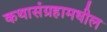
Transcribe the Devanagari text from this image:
कथासंग्रहामधील